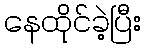
နေထိုင်ခဲ့ပြီး